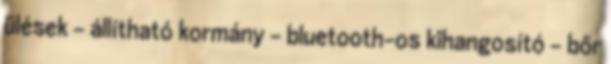
ülések – állítható kormány – bluetooth-os kihangosító – bőr